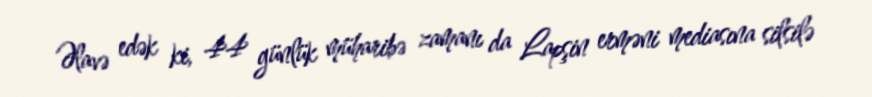
Əlavə edək ki, 44 günlük müharibə zamanı da Lapşin erməni mediasına silsilə